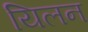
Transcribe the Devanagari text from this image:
यिलन